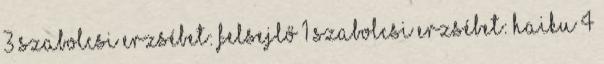
3 Szabolcsi Erzsébet: Felsejlő 1 Szabolcsi Erzsébet: Haiku 4